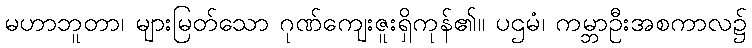
မဟာဘူတာ၊ များမြတ်သော ဂုဏ်ကျေးဇူးရှိကုန်၏။ ပဌမံ၊ ကမ္ဘာဦးအစကာလ၌